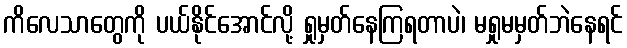
ကိလေသာတွေကို ပယ်နိုင်အောင်လို့ ရှုမှတ်နေကြရတာပဲ၊ မရှုမမှတ်ဘဲနေရင်